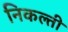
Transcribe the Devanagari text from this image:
निकल्ती